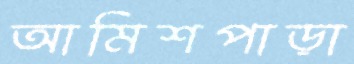
আমিশপাড়া